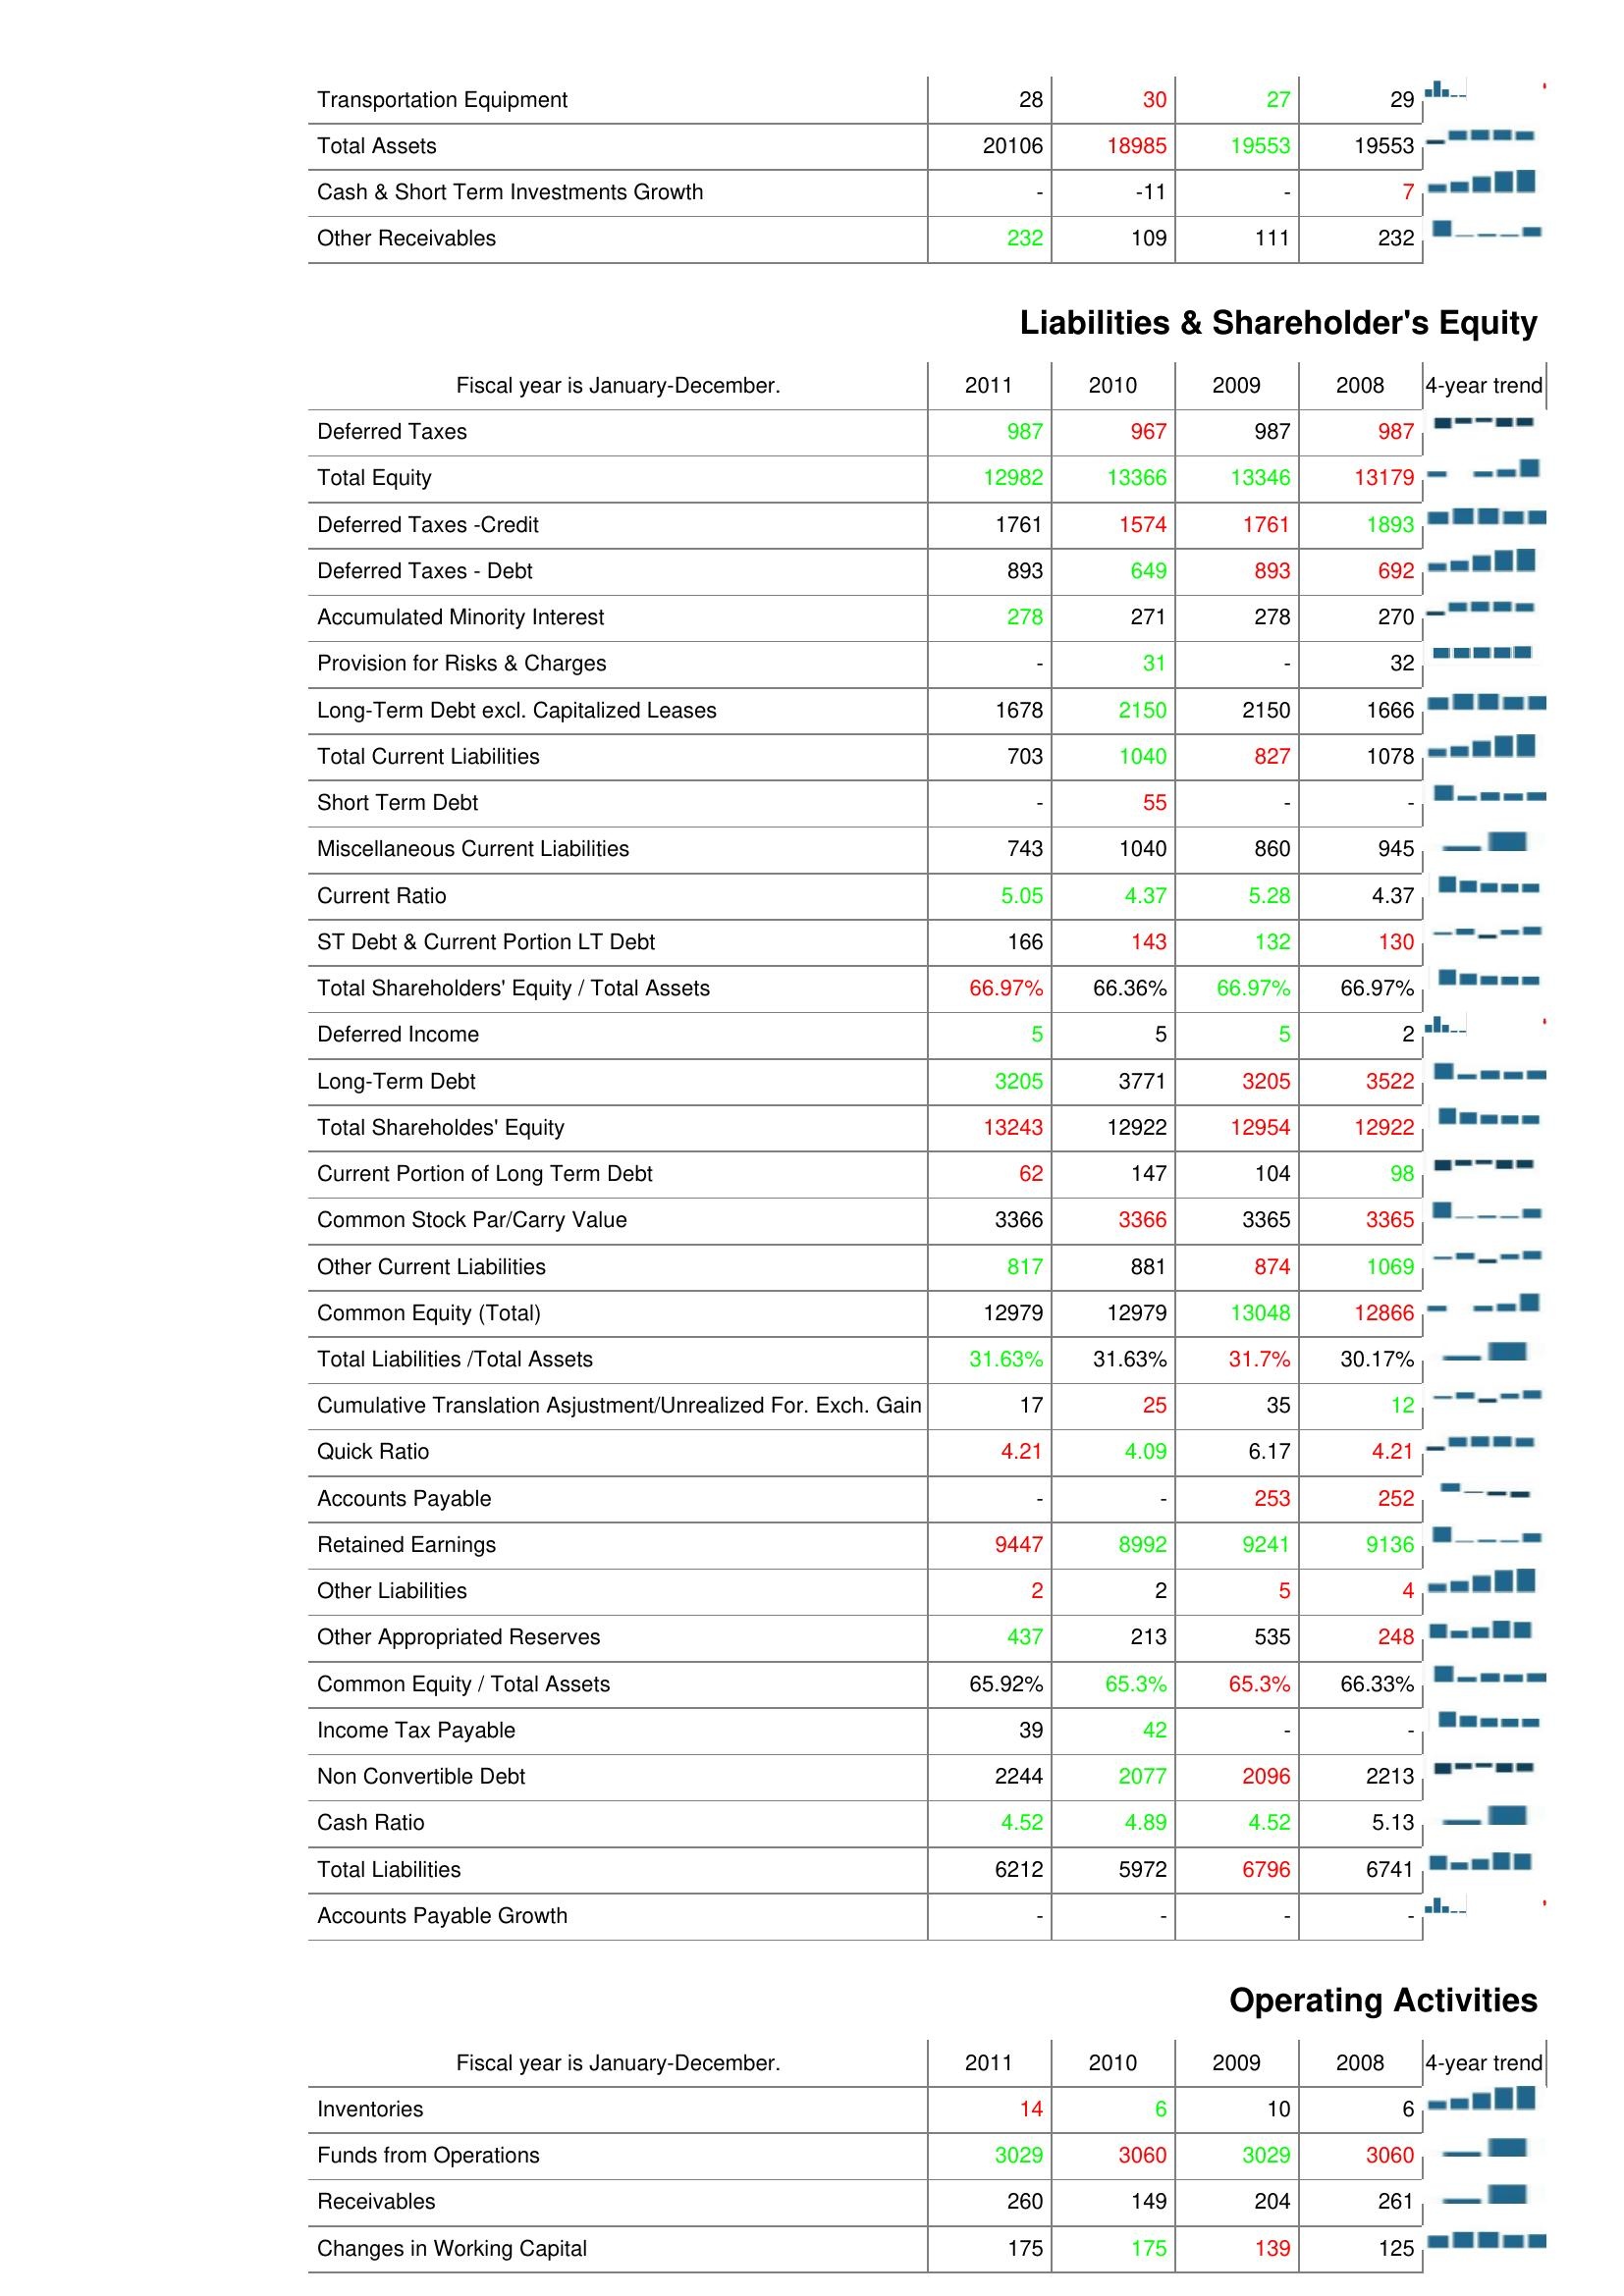
2011: Assets: Transportation Equipment: 28
Total Assets: 20106
Cash & Short Term Investments Growth: -
Other Receivables: 232
Liabilities & Shareholder's Equity: Deferred Taxes: 987
Total Equity: 12982
Deferred Taxes -Credit: 1761
Deferred Taxes - Debt: 893
Accumulated Minority Interest: 278
Provision for Risks & Charges: -
Long-Term Debt excl. Capitalized Leases: 1678
Total Current Liabilities: 703
Short Term Debt: -
Miscellaneous Current Liabilities: 743
Current Ratio: 5.05
ST Debt & Current Portion LT Debt: 166
Total Shareholders' Equity / Total Assets: 66.97%
Deferred Income: 5
Long-Term Debt: 3205
Total Shareholdes' Equity: 13243
Current Portion of Long Term Debt: 62
Common Stock Par/Carry Value: 3366
Other Current Liabilities: 817
Common Equity (Total): 12979
Total Liabilities /Total Assets: 31.63%
Cumulative Translation Asjustment/Unrealized For. Exch. Gain: 17
Quick Ratio: 4.21
Accounts Payable: -
Retained Earnings: 9447
Other Liabilities: 2
Other Appropriated Reserves: 437
Common Equity / Total Assets: 65.92%
Income Tax Payable: 39
Non Convertible Debt: 2244
Cash Ratio: 4.52
Total Liabilities: 6212
Accounts Payable Growth: -
Operating Activities: Inventories: 14
Funds from Operations: 3029
Receivables: 260
Changes in Working Capital: 175
2010: Assets: Transportation Equipment: 30
Total Assets: 18985
Cash & Short Term Investments Growth: -11
Other Receivables: 109
Liabilities & Shareholder's Equity: Deferred Taxes: 967
Total Equity: 13366
Deferred Taxes -Credit: 1574
Deferred Taxes - Debt: 649
Accumulated Minority Interest: 271
Provision for Risks & Charges: 31
Long-Term Debt excl. Capitalized Leases: 2150
Total Current Liabilities: 1040
Short Term Debt: 55
Miscellaneous Current Liabilities: 1040
Current Ratio: 4.37
ST Debt & Current Portion LT Debt: 143
Total Shareholders' Equity / Total Assets: 66.36%
Deferred Income: 5
Long-Term Debt: 3771
Total Shareholdes' Equity: 12922
Current Portion of Long Term Debt: 147
Common Stock Par/Carry Value: 3366
Other Current Liabilities: 881
Common Equity (Total): 12979
Total Liabilities /Total Assets: 31.63%
Cumulative Translation Asjustment/Unrealized For. Exch. Gain: 25
Quick Ratio: 4.09
Accounts Payable: -
Retained Earnings: 8992
Other Liabilities: 2
Other Appropriated Reserves: 213
Common Equity / Total Assets: 65.3%
Income Tax Payable: 42
Non Convertible Debt: 2077
Cash Ratio: 4.89
Total Liabilities: 5972
Accounts Payable Growth: -
Operating Activities: Inventories: 6
Funds from Operations: 3060
Receivables: 149
Changes in Working Capital: 175
2009: Assets: Transportation Equipment: 27
Total Assets: 19553
Cash & Short Term Investments Growth: -
Other Receivables: 111
Liabilities & Shareholder's Equity: Deferred Taxes: 987
Total Equity: 13346
Deferred Taxes -Credit: 1761
Deferred Taxes - Debt: 893
Accumulated Minority Interest: 278
Provision for Risks & Charges: -
Long-Term Debt excl. Capitalized Leases: 2150
Total Current Liabilities: 827
Short Term Debt: -
Miscellaneous Current Liabilities: 860
Current Ratio: 5.28
ST Debt & Current Portion LT Debt: 132
Total Shareholders' Equity / Total Assets: 66.97%
Deferred Income: 5
Long-Term Debt: 3205
Total Shareholdes' Equity: 12954
Current Portion of Long Term Debt: 104
Common Stock Par/Carry Value: 3365
Other Current Liabilities: 874
Common Equity (Total): 13048
Total Liabilities /Total Assets: 31.7%
Cumulative Translation Asjustment/Unrealized For. Exch. Gain: 35
Quick Ratio: 6.17
Accounts Payable: 253
Retained Earnings: 9241
Other Liabilities: 5
Other Appropriated Reserves: 535
Common Equity / Total Assets: 65.3%
Income Tax Payable: -
Non Convertible Debt: 2096
Cash Ratio: 4.52
Total Liabilities: 6796
Accounts Payable Growth: -
Operating Activities: Inventories: 10
Funds from Operations: 3029
Receivables: 204
Changes in Working Capital: 139
2008: Assets: Transportation Equipment: 29
Total Assets: 19553
Cash & Short Term Investments Growth: 7
Other Receivables: 232
Liabilities & Shareholder's Equity: Deferred Taxes: 987
Total Equity: 13179
Deferred Taxes -Credit: 1893
Deferred Taxes - Debt: 692
Accumulated Minority Interest: 270
Provision for Risks & Charges: 32
Long-Term Debt excl. Capitalized Leases: 1666
Total Current Liabilities: 1078
Short Term Debt: -
Miscellaneous Current Liabilities: 945
Current Ratio: 4.37
ST Debt & Current Portion LT Debt: 130
Total Shareholders' Equity / Total Assets: 66.97%
Deferred Income: 2
Long-Term Debt: 3522
Total Shareholdes' Equity: 12922
Current Portion of Long Term Debt: 98
Common Stock Par/Carry Value: 3365
Other Current Liabilities: 1069
Common Equity (Total): 12866
Total Liabilities /Total Assets: 30.17%
Cumulative Translation Asjustment/Unrealized For. Exch. Gain: 12
Quick Ratio: 4.21
Accounts Payable: 252
Retained Earnings: 9136
Other Liabilities: 4
Other Appropriated Reserves: 248
Common Equity / Total Assets: 66.33%
Income Tax Payable: -
Non Convertible Debt: 2213
Cash Ratio: 5.13
Total Liabilities: 6741
Accounts Payable Growth: -
Operating Activities: Inventories: 6
Funds from Operations: 3060
Receivables: 261
Changes in Working Capital: 125